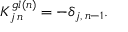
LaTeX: K _ { j \, n } ^ { g l ( n ) } = - \delta _ { j , \, n - 1 } .